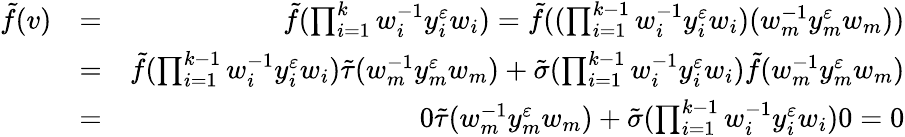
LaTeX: \begin{array}{rlr}{\tilde{f}(v)}&{=}&{\tilde{f}(\prod_{i=1}^{k}w_{i}^{-1}y_{i}^{\varepsilon}w_{i})=\tilde{f}((\prod_{i=1}^{k-1}w_{i}^{-1}y_{i}^{\varepsilon}w_{i})(w_{m}^{-1}y_{m}^{\varepsilon}w_{m}))}\\ &{=}&{\tilde{f}(\prod_{i=1}^{k-1}w_{i}^{-1}y_{i}^{\varepsilon}w_{i})\tilde{\tau}(w_{m}^{-1}y_{m}^{\varepsilon}w_{m})+\tilde{\sigma}(\prod_{i=1}^{k-1}w_{i}^{-1}y_{i}^{\varepsilon}w_{i})\tilde{f}(w_{m}^{-1}y_{m}^{\varepsilon}w_{m})}\\ &{=}&{0\tilde{\tau}(w_{m}^{-1}y_{m}^{\varepsilon}w_{m})+\tilde{\sigma}(\prod_{i=1}^{k-1}w_{i}^{-1}y_{i}^{\varepsilon}w_{i})0=0}\end{array}